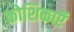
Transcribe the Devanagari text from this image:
कोशिकाऍं